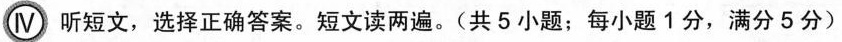
IV 听短文,选择正确答案.短文读两遍。(共 5 小题;每小题 1 分,满分5 分)